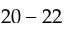
2 0 - 2 2